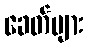
ခေတ်များ